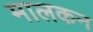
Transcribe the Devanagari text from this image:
मालकन